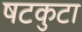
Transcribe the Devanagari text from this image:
षटकुटा